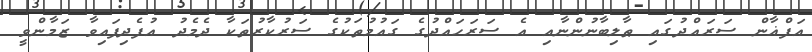
އަފްޣާން ސަރައްދުގައި ޠާލިބާނުންނާއި އެ ސަރަހައްދުގެ ގައުމުތަކުގެ ސަރުކާރުތަކާ ދެމެދު އުފެދިފައިވާ ޒަމާންވީ